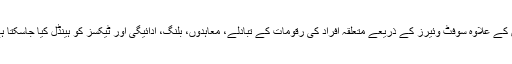
اس کے علاوہ سوفٹ وئیرز کے ذریعے متعلقہ افراد کی رقومات کے تبادلے، معاہدوں، بلنگ، ادائیگی اور ٹیکسز کو ہینڈل کیا جاسکتا ہے۔